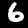
Label: 6